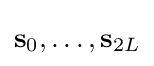
\mathbf {s} _{0},\dots ,\mathbf {s} _{2L}